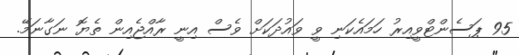
95 ޕަސެންޓްވީއިރު ހަމައެކަނި ވީ ވައުދަކަށް ވެސް އިނީ ރާއްޖެއިން ތެޔޮ ނަގާނަމޭ.